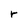
Character: r